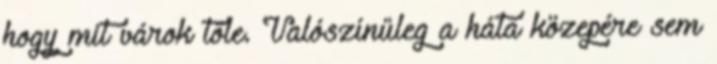
hogy mit várok tőle. Valószínűleg a háta közepére sem